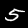
Digit: 5